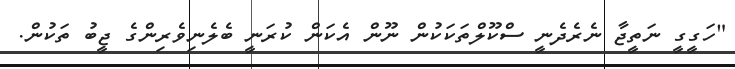
"ހަގީގީ ނަތީޖާ ނެރެދެނީ ސްކޫލްތަކަކުން ނޫން އެކަން ކުރަނީ ބެލެނިވެރިންގެ ޖީބު ތަކުން.